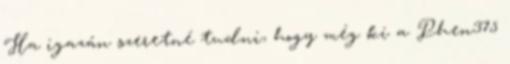
Ha igazán szeretné tudni, hogy még ki a Phen375